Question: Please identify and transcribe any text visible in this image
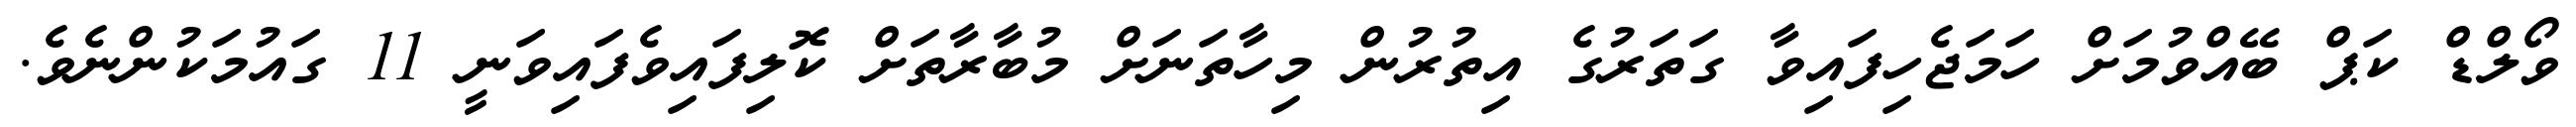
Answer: ވޯލްޑް ކަޕް ބޭއްވުމަށް ހަމަޖެހިފައިވާ ގަތަރުގެ އިތުރުން މިހާތަނަށް މުބާރާތަށް ކޮލިފައިވެފައިވަނީ 11 ގައުމަކުންނެވެ.